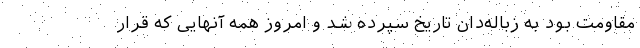
مقاومت بود به زباله‌دان تاریخ سپرده شد و امروز همه آنهایی که قرار